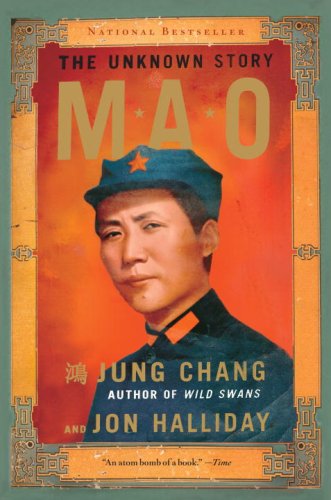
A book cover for Mao: The Unknown Story; Jung Chang; Biographies & Memoirs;